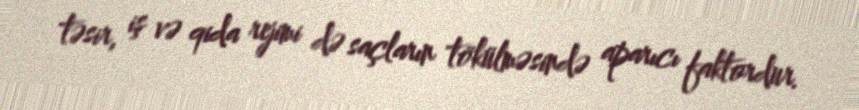
təsir, iş və qida rejimi də saçların tökülməsində aparıcı faktordur.